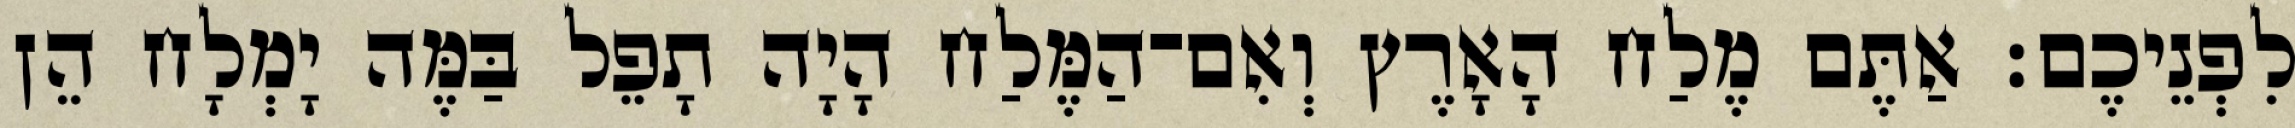
לִפְנֵיכֶם׃ אַתֶּם מֶלַח הָאָרֶץ וְאִם־הַמֶּלַח הָיָה תָפֵל בַּמֶּה יָמְלָח הֵן